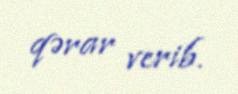
qərar verib.